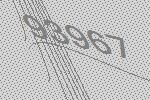
93967